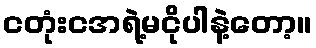
ငတုံးငအရဲ့မငိုပါနဲ့တော့။